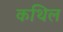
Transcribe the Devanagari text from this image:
कथिल